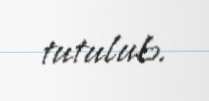
tutulub.